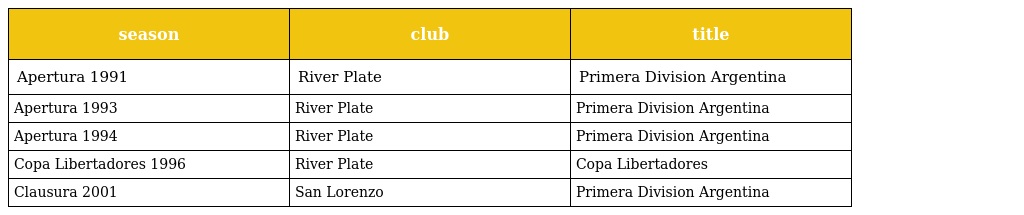
| season | club | title |
 | --- | --- | --- |
 | Apertura 1991 | River Plate | Primera Division Argentina |
 | Apertura 1993 | River Plate | Primera Division Argentina |
 | Apertura 1994 | River Plate | Primera Division Argentina |
 | Copa Libertadores 1996 | River Plate | Copa Libertadores |
 | Clausura 2001 | San Lorenzo | Primera Division Argentina |